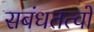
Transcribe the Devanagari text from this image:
सबंधतत्वों